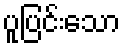
ပူပြင်းသော